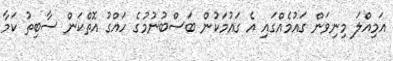
އަމިއްލަ މިނިވަން ގައުމެއްގައި އެ ގައުމަކުން ބަސްބުނުމުގެ ހައްގު އޮތްކަން ސާބިތު ކަމާ